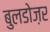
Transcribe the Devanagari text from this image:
बुलडोज़र